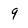
Character: 9